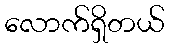
လောက်ရှိတယ်